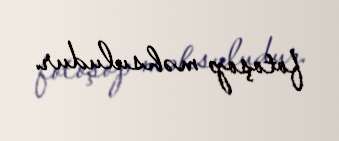
fotoşop məhsuludur.